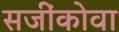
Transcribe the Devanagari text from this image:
सजींकोवा